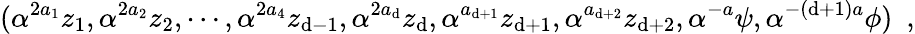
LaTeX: ({{\alpha}^{2a_{1}}{z_{1}},{\alpha}^{2a_{2}}{z_{2}},\cdots,{\alpha}^{2a_{4}}{z_{\mathrm{d}-1}},{\alpha}^{2a_{\mathrm{d}}}{z_{\mathrm{d}}},{\alpha}^{a_{\mathrm{d}+1}}{z_{\mathrm{d}+1}},{\alpha}^{a_{\mathrm{d}+2}}{z_{\mathrm{d}+2}},{\alpha}^{-a}{\psi},{\alpha}^{-(\mathrm{d}+1)a}{\phi}})\, \, \, ,